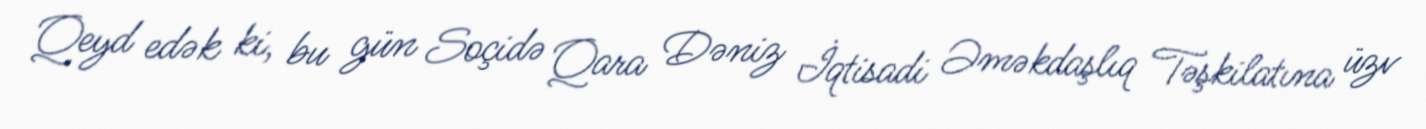
Qeyd edək ki, bu gün Soçidə Qara Dəniz İqtisadi Əməkdaşlıq Təşkilatına üzv